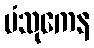
ပံသုကေန